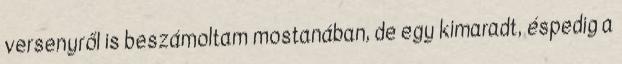
versenyről is beszámoltam mostanában, de egy kimaradt, éspedig a